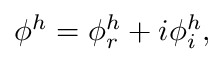
\phi ^ { h } = \phi _ { r } ^ { h } + i \phi _ { i } ^ { h } ,